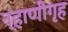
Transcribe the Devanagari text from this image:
न्हाणीगृह